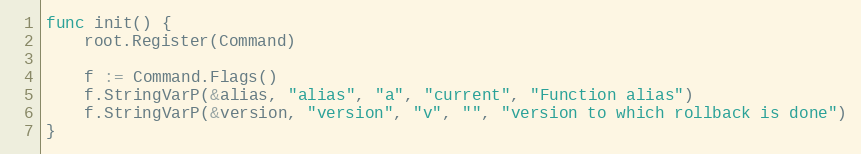
Language: Go
func init() {
	root.Register(Command)

	f := Command.Flags()
	f.StringVarP(&alias, "alias", "a", "current", "Function alias")
	f.StringVarP(&version, "version", "v", "", "version to which rollback is done")
}